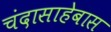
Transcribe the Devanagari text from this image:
चंदासाहेबास